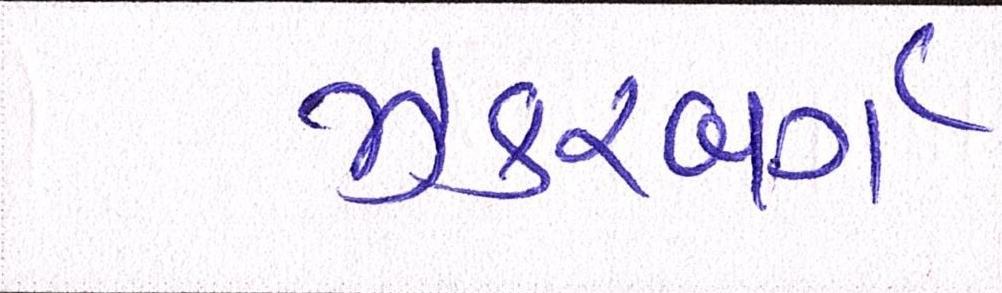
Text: ઝકરબર્ગે